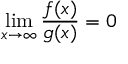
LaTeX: \operatorname* { l i m } _ { x \to \infty } { \frac { f ( x ) } { g ( x ) } } = 0